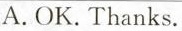
A. OK. Thanks.